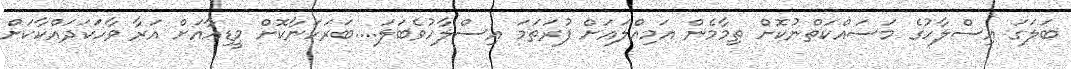
ބަލަގަ އިސްލާހުގެ މަސައްކަތްނުކޮށް ތިމާމެން އަމިއްލައަށް ފުރަތަމަ އިސްލާހުވެބަލަ....ބަރަހަނާކޮށް މީޑިއާއަށް އަރާ ވާހަކަދައްކާކަށް